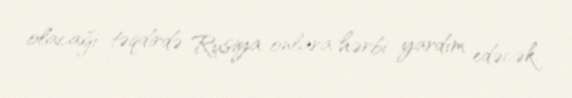
olacağı təqdirdə Rusiya onlara hərbi yardım edəcək.